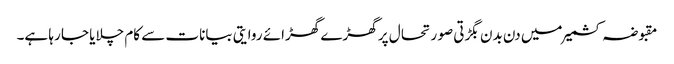
مقبوضہ کشمیر میں دن بدن بگڑتی صو ر تحا ل پر گھڑے گھڑائے روایتی بیانات سے کام چلایا جا رہا ہے۔